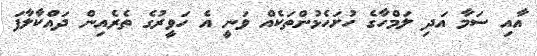
އާއި ސަމާ އަދި ލަމްހާގެ ހުށަހެޅުންތަކެއް ވަނީ އެ ހަވީރުގެ ތެރެއިން ދައްކާލާފަ